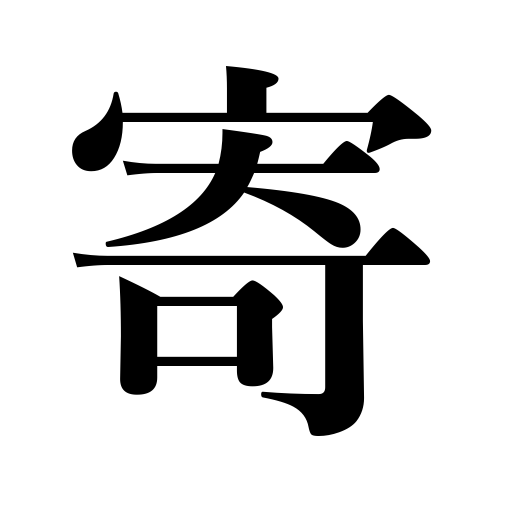
Meanings: send a letter,conclude,become dependent on,push aside,call at,take refuge with,assemble,let approach,collect,muster,approach,gather,lean toward,depend on,present offerings,summon,be possessed by devils,add up,contribute to,come,obey,attack,lean on,bring near